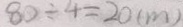
8 0 \div 4 = 2 0 ( m )